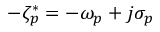
- \zeta _ { p } ^ { * } = - \omega _ { p } + j \sigma _ { p }